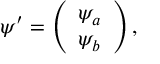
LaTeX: \psi ^ { \prime } = \left( \begin{array} { l } { { \psi _ { a } } } \\ { { \psi _ { b } } } \end{array} \right) ,